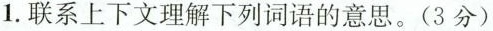
1.联系上下文理解下列词语的意思。(3分)